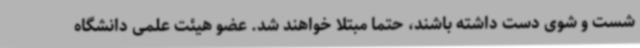
شست و شوی دست داشته باشند، حتما مبتلا خواهند شد. عضو هیئت علمی دانشگاه